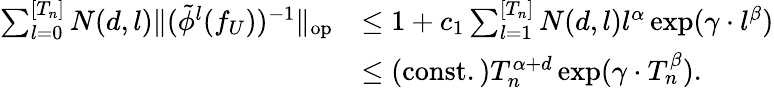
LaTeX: \begin{array}{rl}{\sum_{l=0}^{[T_{n}]}N(d,l)\| (\tilde{\phi}^{l}(f_{U}))^{-1}\| _{\mathrm{{op}}}}&{\leq 1+c_{1}\sum_{l=1}^{[T_{n}]}N(d,l)l^{\alpha}\exp(\gamma\cdot l^{\beta})}\\ &{\leq\mathrm{(const.)}T_{n}^{\alpha+d}\exp(\gamma\cdot T_{n}^{\beta}).}\end{array}